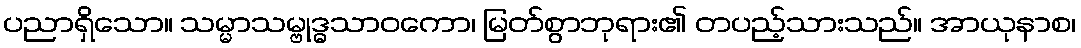
ပညာရှိသော။ သမ္မာသမ္ဗုဒ္ဓသာဝကော၊ မြတ်စွာဘုရား၏ တပည့်သားသည်။ အာယုနာစ၊